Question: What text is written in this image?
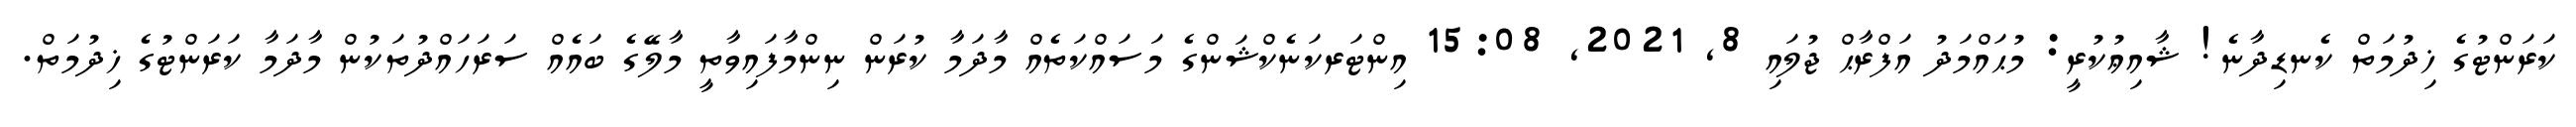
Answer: ކަރަންޓުގެ ޚިދުމަތް ކެނޑިދާނެ! ޝާއިޢުކުރީ: މުޙައްމަދު އަފްރާޙް ޖުލައި 8, 2021, 15:08 އިންޓަރކަނެކްޝަންގެ މަސައްކަތެއް މާދަމާ ކުރަން ނިންމާފައިވާތީ މާލޭގެ ބައެއް ސަރަހައްދުތަކުން މާދަމާ ކަރަންޓުގެ ޚިދުމަތް.